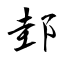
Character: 邽